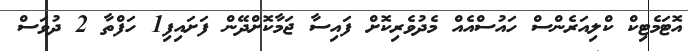
އޮޓަމެޓިކް ކްލިއަރެންސް ހައުސްއެއް މެދުވެރިކޮށް ފައިސާ ޖަމާކޮށްދޭން ފަށައިފި1 ހަފްތާ 2 ދުވަސް